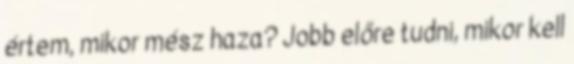
értem, mikor mész haza? Jobb előre tudni, mikor kell